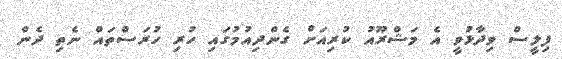
ފިލީސް ވިދާޅުވީ އެ މަޝްރޫއު ކުރިއަށް ގެންދިއުމުގައި ހުރި ހުރަސްތައް ނެތި ދެން